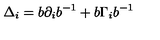
\Delta _ { i } = b \partial _ { i } b ^ { - 1 } + b \Gamma _ { i } b ^ { - 1 }